65_HS1-834228961_62-HQ-83894_Section_2
Agency: FBI
Page 97
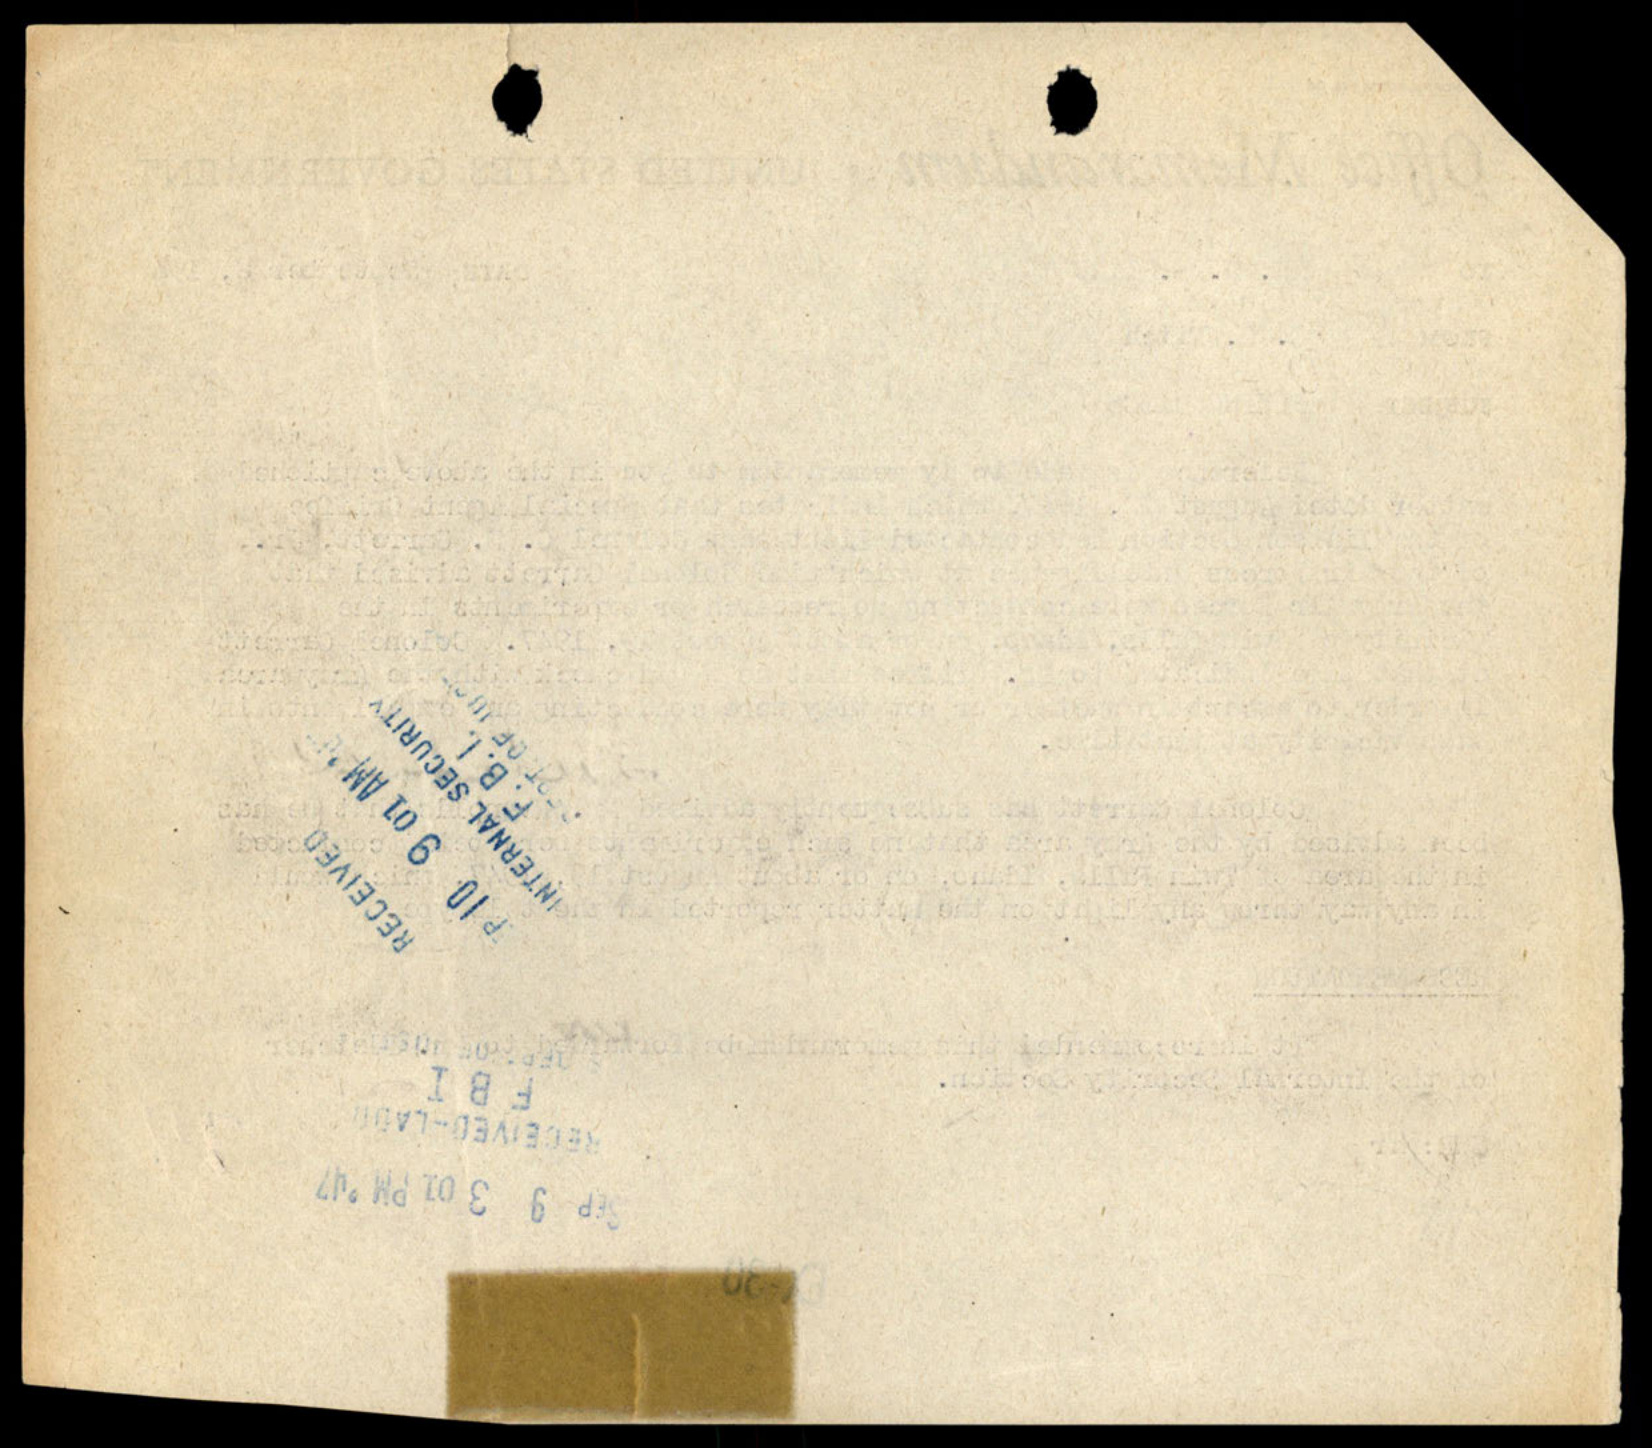